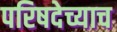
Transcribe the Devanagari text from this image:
परिषदेच्याच